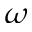
\omega